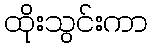
ထိုးသွင်းကာ